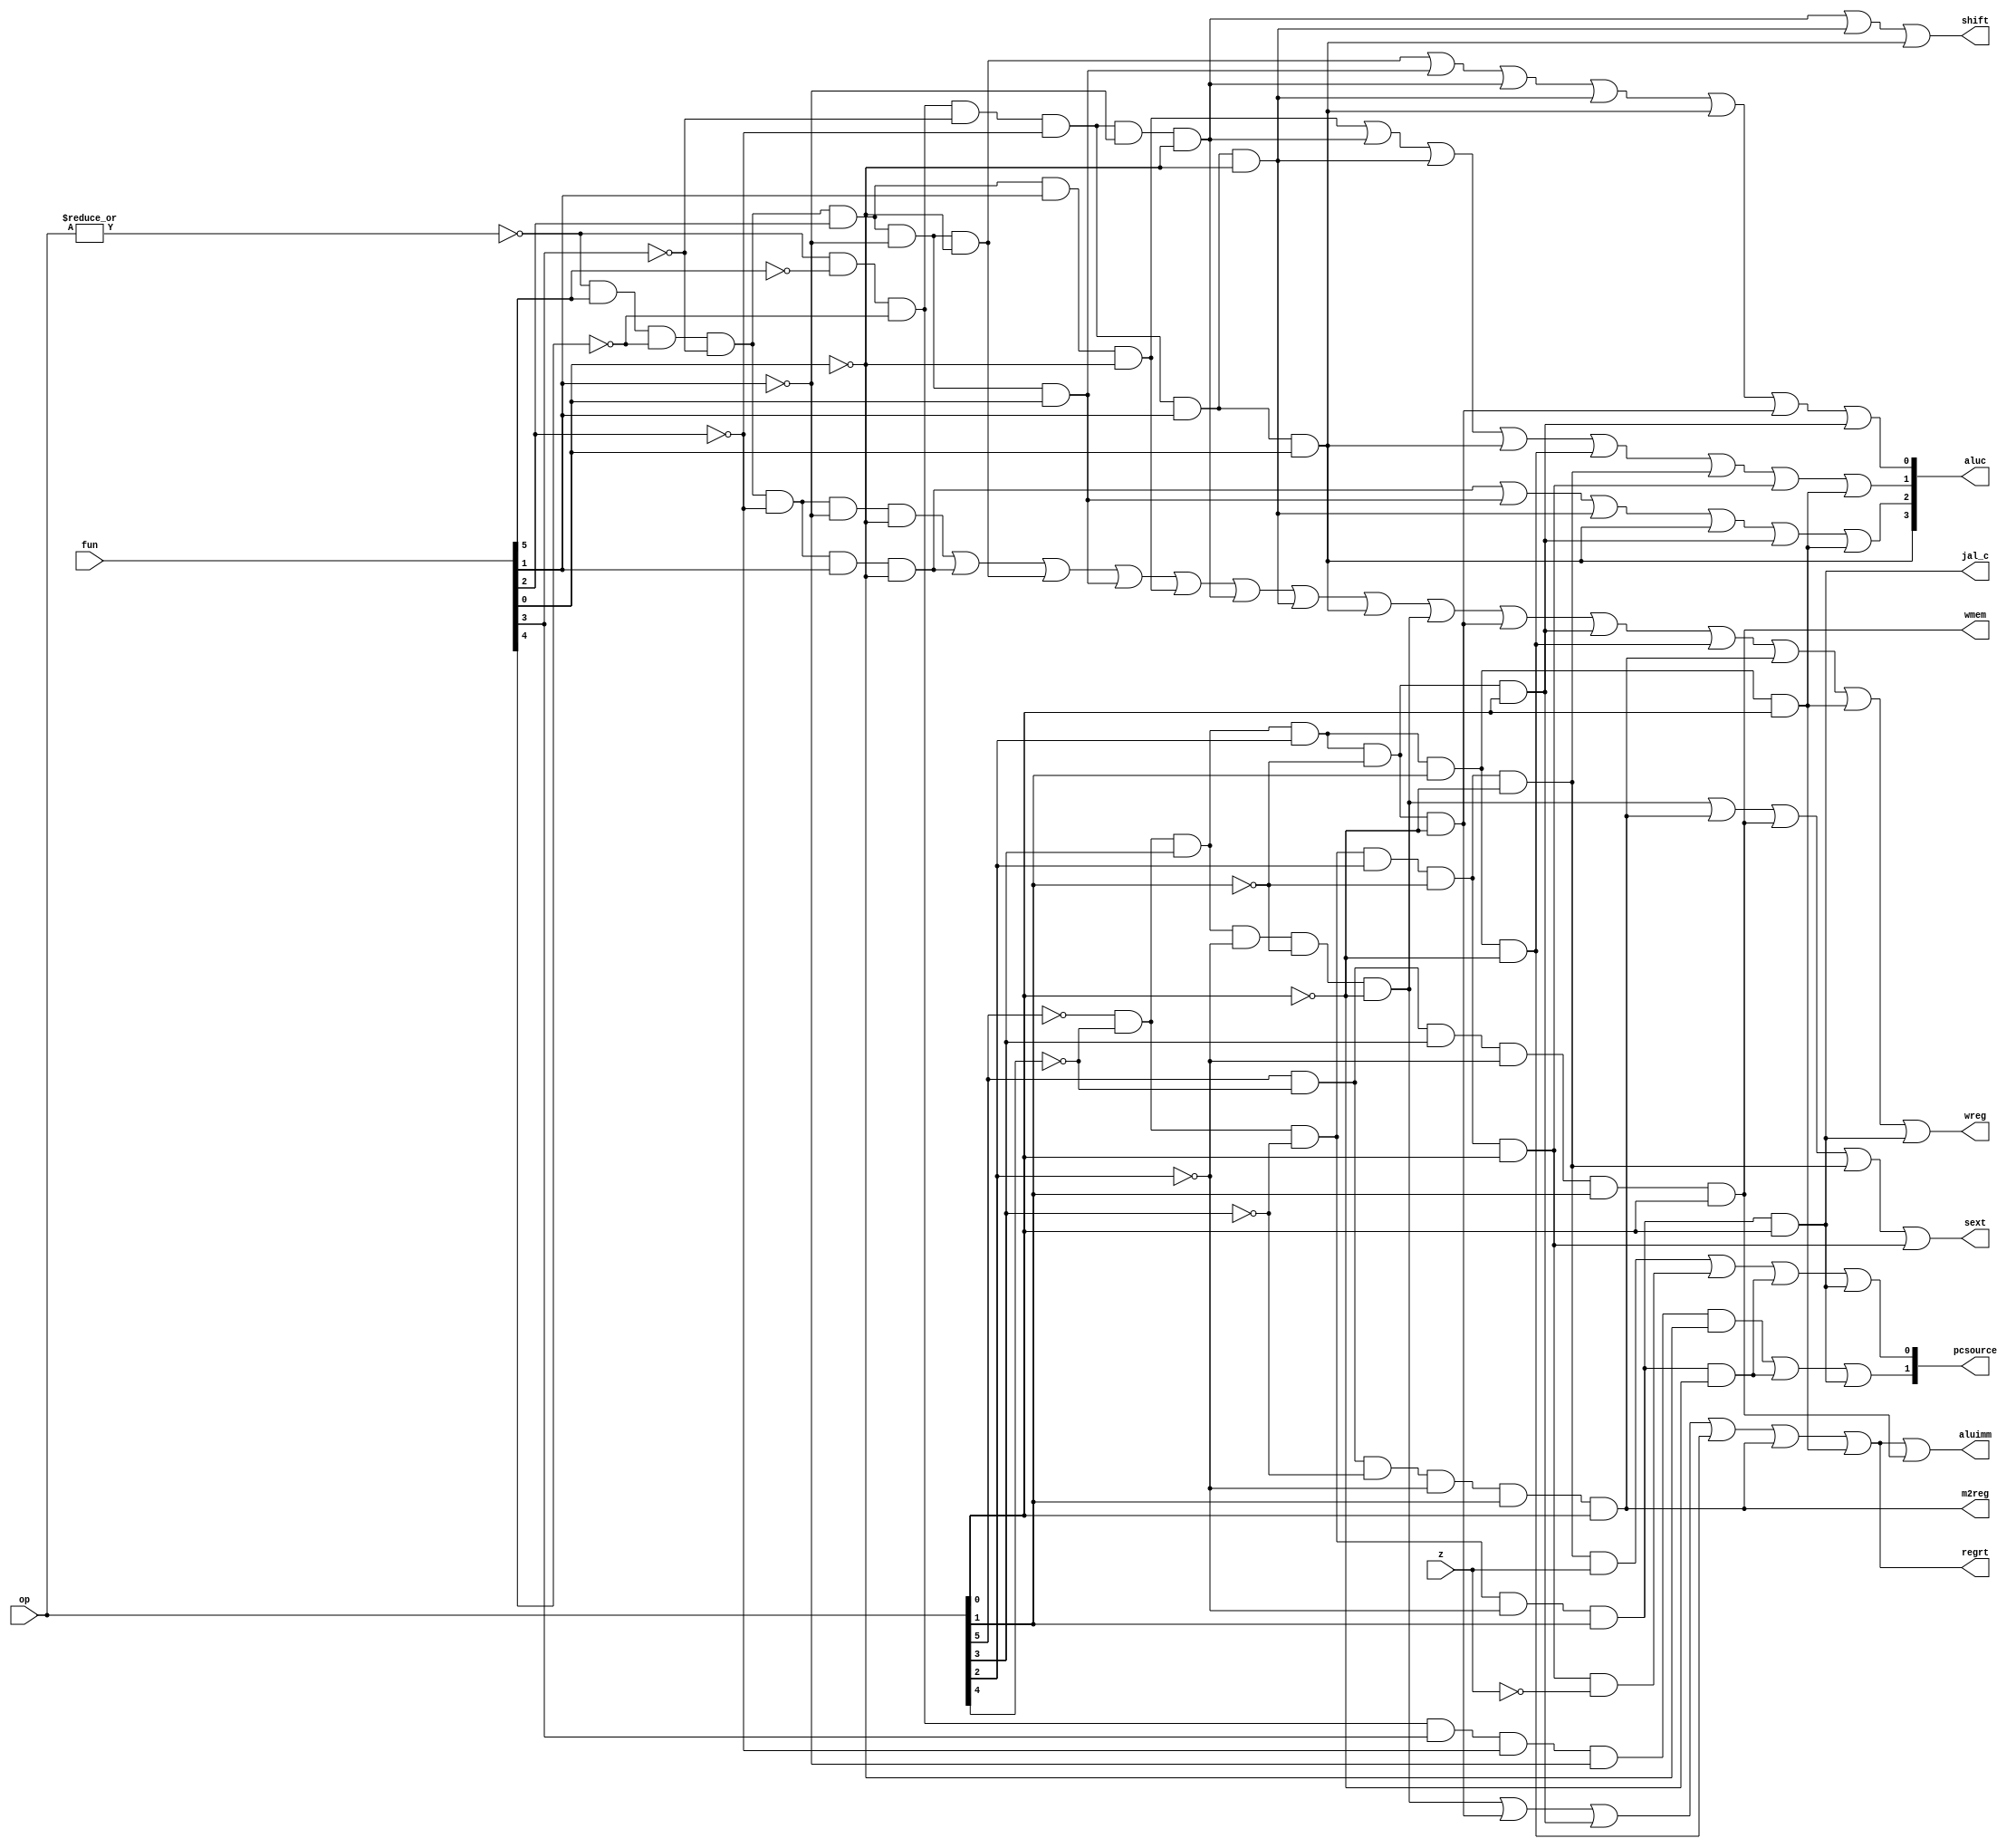
//opfunc
module cpu_control_single(
    input [5:0] op,//6op
    input [5:0] fun,//Rfun
    input z,//zero
    output wmem,//
    output wreg,//
    output regrt,
    output m2reg,//
    output [3:0]aluc,//alu
    output shift,//
    output aluimm,//
    output [1:0]pcsource,//PC
    output jal_c,
    output sext
);

wire type = ~|op;
wire add_c = type & fun[5] & ~fun[4] & ~fun[3] & ~fun[2] & ~fun[1] & ~fun[0];
wire sub_c = type & fun[5] & ~fun[4] & ~fun[3] & ~fun[2] & fun[1] & ~fun[0];
wire and_c = type & fun[5] & ~fun[4] & ~fun[3] & fun[2] & ~fun[1] & ~fun[0];
wire or_c =  type & fun[5] & ~fun[4] & ~fun[3] & fun[2] & ~fun[1] & fun[0];
wire xor_c = type & fun[5] & ~fun[4] & ~fun[3] & fun[2] & fun[1] & ~fun[0];
wire sll_c = type & ~fun[5] & ~fun[4] & ~fun[3] & ~fun[2] & ~fun[1] & ~fun[0];
wire srl_c = type & ~fun[5] & ~fun[4] & ~fun[3] & ~fun[2] & fun[1] & ~fun[0];
wire sra_c =  type & ~fun[5] & ~fun[4] & ~fun[3] & ~fun[2] & fun[1] & fun[0];
wire jr_c = type & ~fun[5] & ~fun[4] & fun[3] & ~fun[2] & ~fun[1] & ~fun[0];

wire addi = ~op[5] & ~op[4] & op[3] & ~op[2] & ~op[1] & ~op[0];
wire andi = ~op[5] & ~op[4] & op[3] & op[2] & ~op[1] & ~op[0];
wire ori = ~op[5] & ~op[4] & op[3] & op[2] & ~op[1] & op[0];
wire xori = ~op[5] & ~op[4] & op[3] & op[2] & op[1] & ~op[0];

wire lw_c = op[5] & ~op[4] & ~op[3] & ~op[2] & op[1] & op[0];
wire sw_c = op[5] & ~op[4] & op[3] & ~op[2] & op[1] & op[0];

wire beq_c = ~op[5] & ~op[4] & ~op[3] & op[2] & ~op[1] & ~op[0];
wire bne_c = ~op[5] & ~op[4] & ~op[3] & op[2] & ~op[1] & op[0];
wire lui_c = ~op[5] & ~op[4] & op[3] & op[2] & op[1] & op[0];
wire j_c = ~op[5] & ~op[4] & ~op[3] & ~op[2] & op[1] & ~op[0];


assign jal_c = ~op[5] & ~op[4] & ~op[3] & ~op[2] & op[1] & op[0];
assign wreg = add_c | sub_c | and_c | or_c | xor_c | sll_c | srl_c | sra_c | addi | andi | ori | xori | lw_c | lui_c | jal_c;
assign regrt = addi | andi | ori | xori | lw_c | lui_c; 
assign m2reg = lw_c;
assign shift = sll_c | srl_c | sra_c;
assign aluimm = addi | andi | ori | xori |lw_c | lui_c | sw_c;
assign sext = addi | lw_c | sw_c | beq_c | bne_c;
assign aluc = {sra_c,{sub_c | or_c | srl_c | sra_c | ori | lui_c},{xor_c | sll_c | srl_c | sra_c | xori | beq_c | bne_c | lui_c},{and_c | or_c | sll_c | srl_c | sra_c | andi | ori}};
assign wmem = sw_c;
assign pcsource[1] = jr_c | j_c | jal_c;
assign pcsource[0] = (beq_c & z) | (bne_c & ~z) | j_c | jal_c;
//assign pcsource = {{jr_c | j_c | jal_c},{beq_c & z | bne_c & ~z | j_c | jal_c}};

endmodule